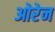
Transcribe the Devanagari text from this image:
ओरेन